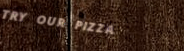
TRY OUR PIZZA